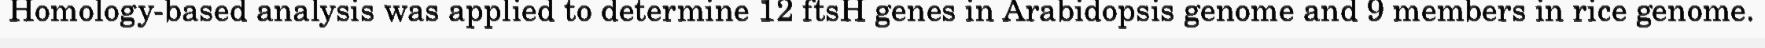
Homology-based analysis was applied to determine 12 ftsH genes in Arabidopsis genome and 9 members in rice genome.